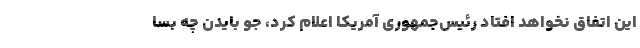
این اتفاق نخواهد افتاد رئیس‌جمهوری آمریکا اعلام کرد، جو بایدن چه بسا